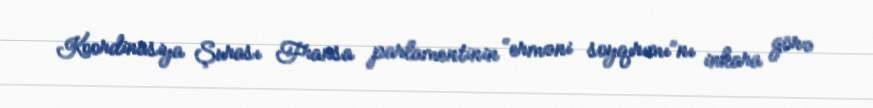
Koordinasiya Şurası Fransa parlamentinin “erməni soyqırımı”nı inkara görə